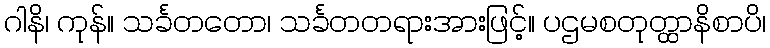
ဂါနိ၊ ကုန်။ သင်္ခတတော၊ သင်္ခတတရားအားဖြင့်။ ပဌမစတုတ္ထာနိစာပိ၊